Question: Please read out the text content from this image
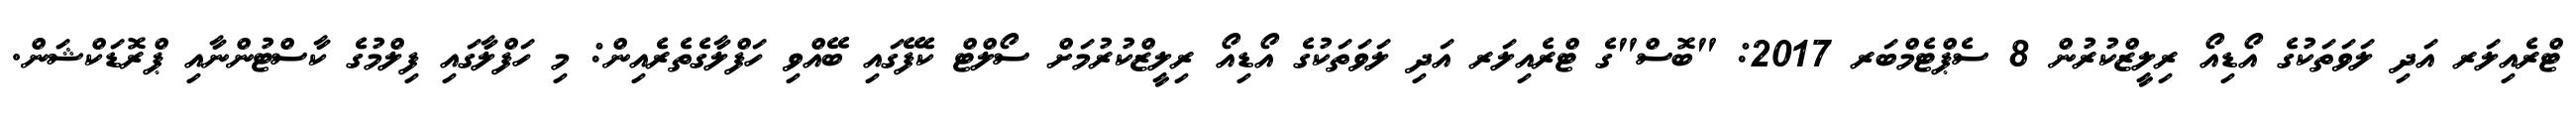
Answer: ޓްރެއިލަރ އަދި ލަވަތަކުގެ އޯޑިއޯ ރިލީޒްކުރުން 8 ސެޕްޓެމްބަރ 2017: "ބޮސް"ގެ ޓްރެއިލަރ އަދި ލަވަތަކުގެ އޯޑިއޯ ރިލީޒްކުރުމަށް ސޯލްޓް ކެފޭގައި ބޭއްވި ހަފްލާގެތެރެއިން: މި ހަފްލާގައި ފިލްމުގެ ކާސްޓުންނާއި ޕްރޮޑަކްޝަން.